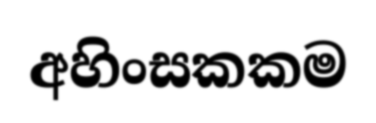
අහිංසකකම